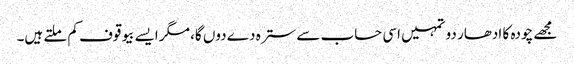
مجھے چودہ کا ادھار دو تمہیں اسی حساب سے سترہ دے دوں گا، مگر ایسے بیوقوف کم ملتے ہیں۔